Annual administration report of the Civil Veterinary Department of India - 1895-1896
Year: 1895
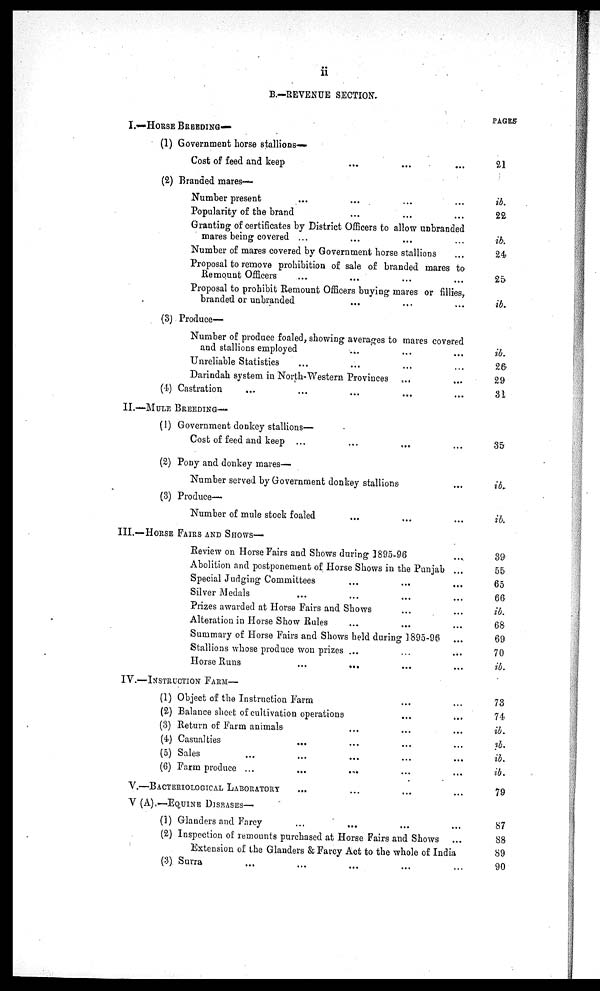
ii
B.—REVENUE SECTION.
1.-HORSE BREEDING—
(1) Government horse stallions—
Cost of feed and keep ... ... ...
(2) Branded mares—
Number present ... ... ... ...
Popularity of the brand ... ... ...
Granting of certificates by District Officers to allow unbranded
mares being covered ... ... ... ...
Number of mares covered by Government horse stallions ...
Proposal to remove prohibition of sale of branded mares to
Remount Officers ... ... ... ...
Proposal to prohibit Remount Officers buying mares or fillies,
branded or unbranded ... ... ...
(3) Produce—
Number of produce foaled, showing averages to mares covered
and stallions employed ... ... ...
Unreliable Statistics ... ... ... ...
Darindah system in North-Western Provinces ... ...
(4) Castration ... ... ... ... ...
II.—MULE BREEDING—
(1) Government donkey stallions—
Cost of feed and keep ... ... ... ...
(2) Pony and donkey mares—
Number served by Government donkey stallions ...
(3) Produce—
Number of mule stock foaled ... ... ...
III.—HORSE FAIRS AND SHOWS—
Review on Horse Fairs and Shows during 1895-96 ...
Abolition and postponement of Horse Shows in the Punjab ...
Special Judging Committees ... ... ...
Silver Medals ... ... ... ...
Prizes awarded at Horse Fairs and Shows ... ...
Alteration in Horse Show Rules ... ... ...
Summary of Horse Fairs and Shows held during 1895-96 ...
Stallions whose produce won prizes ... ... ... ...
Horse Runs
... ... ... ...
IV.—INSTRUCTION FARM—
(1) Object of the Instruction Farm ... ...
(2) Balance sheet of cultivation operations ... ...
(3) Return of Farm animals ... ... ...
(4) Casualties ... ... ...
(5) Sales ... ... ... ...
(6) Farm produce ... ... ... ... ... ...
V.—BACTERIOLOGICAL LABORATORY ... ... ... ...
V (A).—EQUINE DISEASES—
(1) Glanders and Farcy
...
... ... ...
(2) Inspection of remounts purchased at Horse Fairs and Shows ...
Extension of the Glanders & Farcy Act to the whole of India
(3) Surra ... ... ... ... ...
PAGES
21
ib.
22
ib.
24
25
ib.
ib.
26
29
31
35
ib.
ib.
39
55
65
66
ib.
68
69
70
ib.
73
74
ib.
ib.
ib.
ib.
79
87
88
89
90